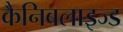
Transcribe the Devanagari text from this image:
कैनिबलाइज्ड